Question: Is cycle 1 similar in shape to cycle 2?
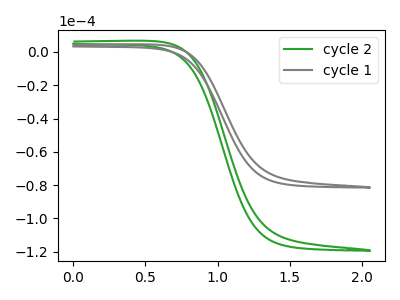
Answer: <think>The green curve "cycle 2" has no peaks. The gray curve "cycle 1" has no peaks.
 Neither "cycle 1" or "cycle 2" have any peaks.</think>
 <answer>"cycle 1" and "cycle 2" are similar in shape.</answer>
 <eval>same_shape</eval>